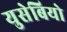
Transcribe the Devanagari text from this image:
युसेबियो